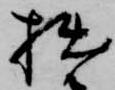
拙